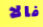
فالا